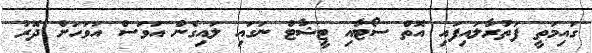
ގައިމަތީ ފަތުރާލައިފައި އޮތް ސޯޓާއި ޓީޝާޓް ނަގައި ލައިގެން އަވަސް އަވަހަށް ދޮރު